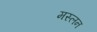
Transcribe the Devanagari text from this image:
मस्लन